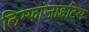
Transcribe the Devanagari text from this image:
लिम्फांजाइटिस